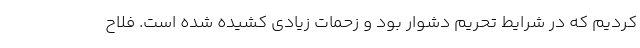
کردیم که در شرایط تحریم دشوار بود و زحمات زیادی کشیده شده است. فلاح